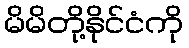
မိမိတို့နိုင်ငံကို